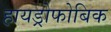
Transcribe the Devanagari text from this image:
हायड्रोफोबिक